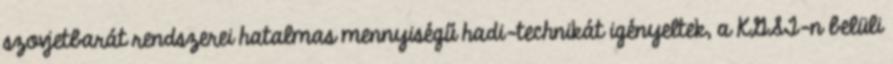
szovjetbarát rendszerei hatalmas mennyiségű hadi-technikát igényeltek, a KGST-n belüli